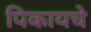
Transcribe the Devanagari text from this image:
पिकायचे